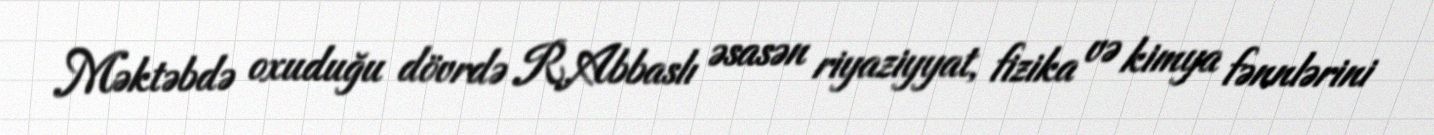
Məktəbdə oxuduğu dövrdə R.Abbaslı əsasən riyaziyyat, fizika və kimya fənnlərini